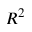
R ^ { 2 }